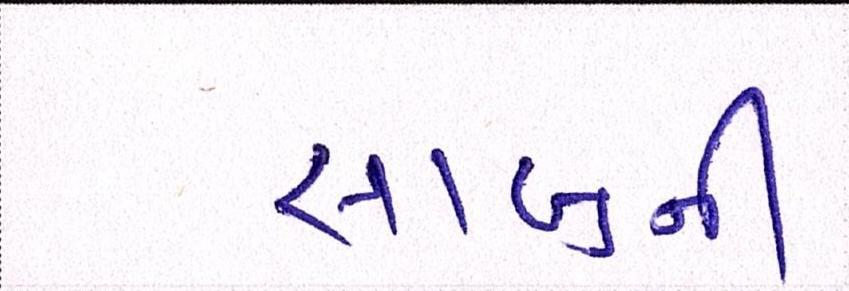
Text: સાબુની